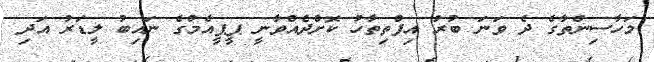
މަހާސިންތާގެ ދެ ވަނަ ބުރު އިފްތިތާހު ކޮށްދެއްވާނީ ޕީޕީއެމްގެ ނައިބު ލީޑަރު އަދި